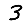
Digit: 3